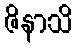
ဇိနာသိ